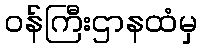
ဝန်ကြီးဌာနထံမှ